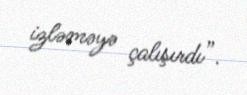
izləməyə çalışırdı”.